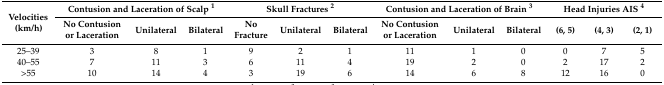
| <ROWSPAN=2> Velocities (km/h) | <COLSPAN=3> Contusion and Laceration of Scalp 1 | <COLSPAN=3> Skull Fractures 2 | <COLSPAN=3> Contusion and Laceration of Brain 3 | <COLSPAN=3> Head Injuries AIS 4 |
 | No Contusion or Laceration | Unilateral | Bilateral | No Fracture | Unilateral | Bilateral | No Contusion or Laceration | Unilateral | Bilateral | (6, 5) | (4, 3) | (2, 1) |
 | --- | --- | --- | --- | --- | --- | --- | --- | --- | --- | --- | --- | --- |
 | 25–39 | 3 | 8 | 1 | 9 | 2 | 1 | 11 | 1 | 0 | 0 | 7 | 5 |
 | 40–55 | 7 | 11 | 3 | 6 | 11 | 4 | 19 | 2 | 0 | 2 | 17 | 2 |
 | >55 | 10 | 14 | 4 | 3 | 19 | 6 | 14 | 6 | 8 | 12 | 16 | 0 |